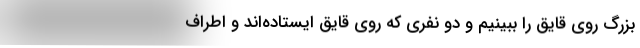
بزرگ روي قايق را ببينيم و دو نفري كه روي قايق ايستاده‌اند و اطراف